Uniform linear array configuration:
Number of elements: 12
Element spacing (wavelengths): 1
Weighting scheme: blackman
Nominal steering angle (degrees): -60
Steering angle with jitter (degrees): -61.322
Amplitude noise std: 0.05
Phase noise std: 0.05

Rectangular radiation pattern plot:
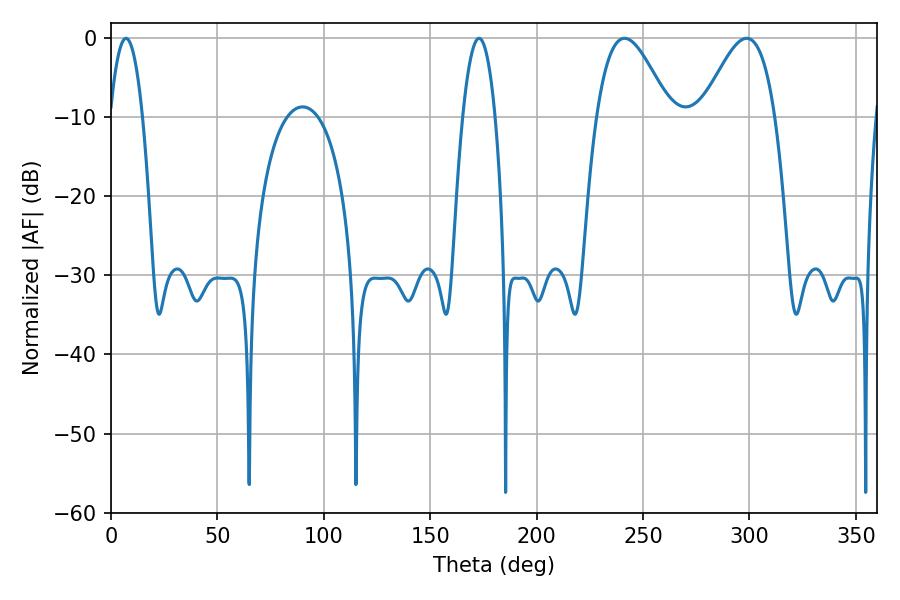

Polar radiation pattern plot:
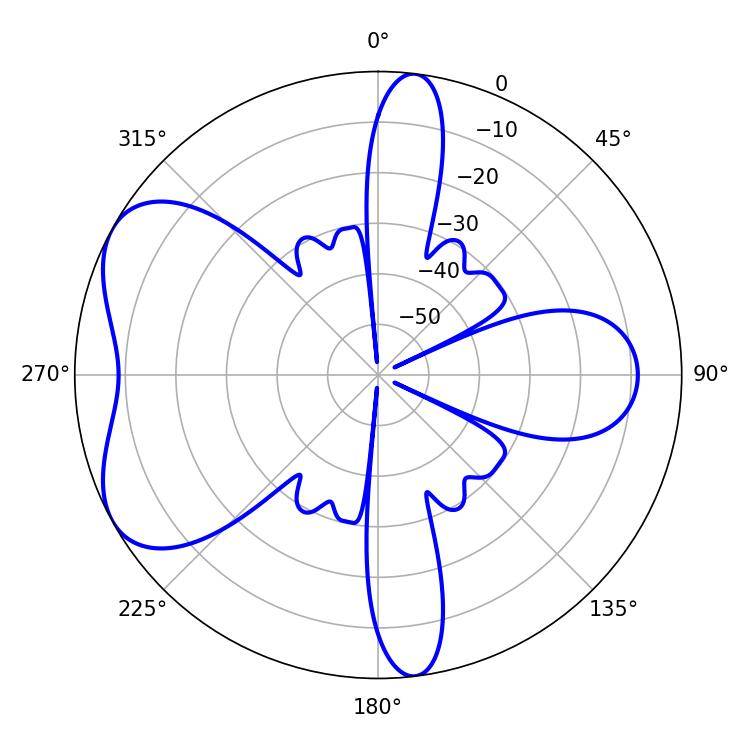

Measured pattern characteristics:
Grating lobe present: TRUE
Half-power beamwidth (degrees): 8.46
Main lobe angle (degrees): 7.02